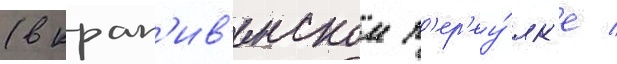
(в крап'ив'енском п'ер'еу́лк'е /